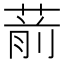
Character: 葥